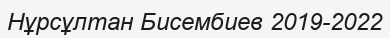
Нұрсұлтан Бисембиев 2019-2022